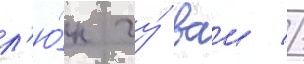
л'ю́н чу́ ваи //